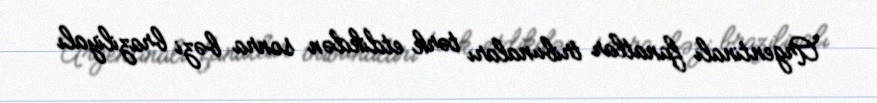
Argentinalı fanatlar tribunaları tərk etdikdən sonra bəzi braziliyalı